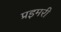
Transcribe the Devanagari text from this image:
प्रइमरी